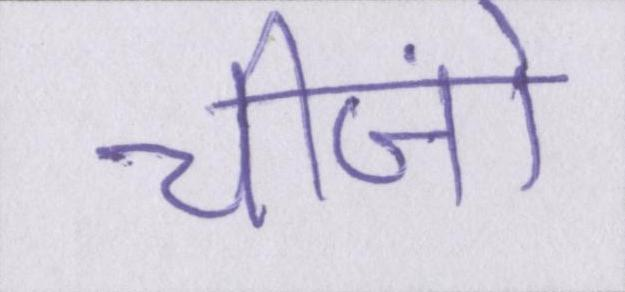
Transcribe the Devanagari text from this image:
चीज़ों